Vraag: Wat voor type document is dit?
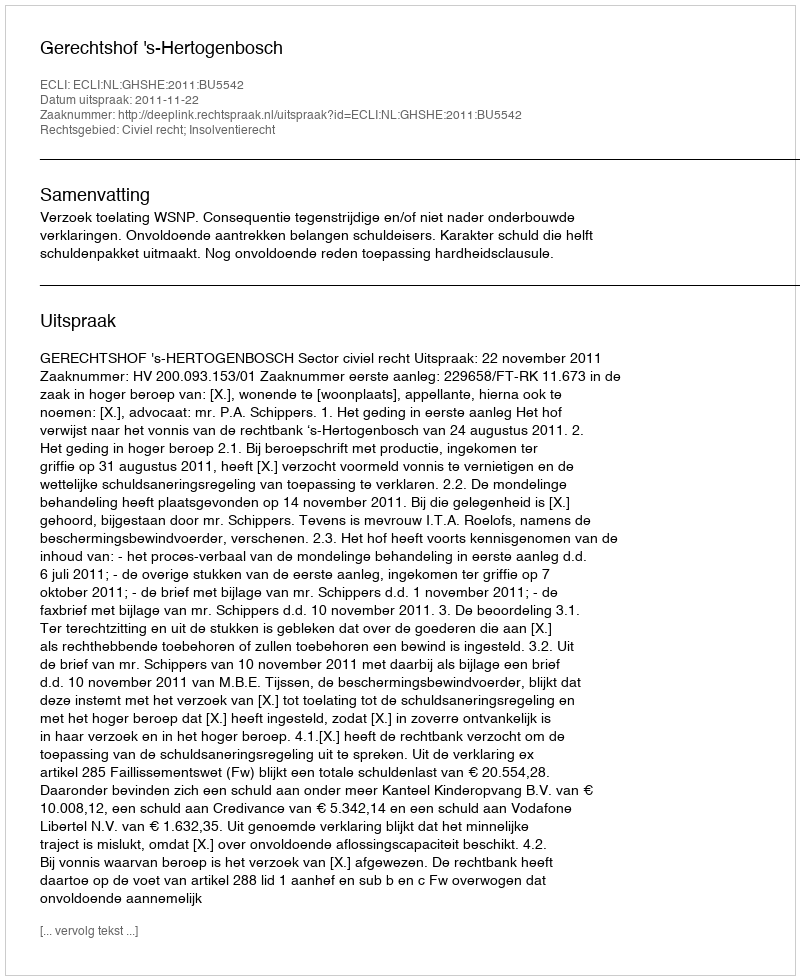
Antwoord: Uitspraak